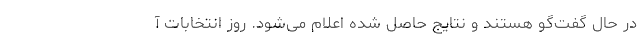
در حال گفت‌گو هستند و نتایج حاصل شده اعلام می‌شود. روز انتخابات آ